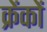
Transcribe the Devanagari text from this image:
क्रेंकों